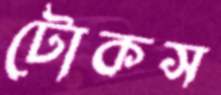
টোকস